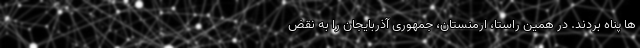
ها پناه بردند. در همین راستا، ارمنستان، جمهوری آذربایجان را به نقض